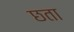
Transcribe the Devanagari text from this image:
छता